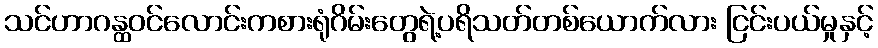
သင်ဟာဂန္ထဝင်လောင်းကစားရုံဂိမ်းတွေရဲ့ပရိသတ်တစ်ယောက်လား ငြင်းပယ်မှုနှင့်